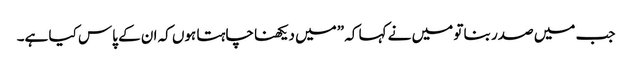
جب میں صدر بنا تو میں نے کہا کہ ”میں دیکھنا چاہتا ہوں کہ ان کے پاس کیا ہے۔